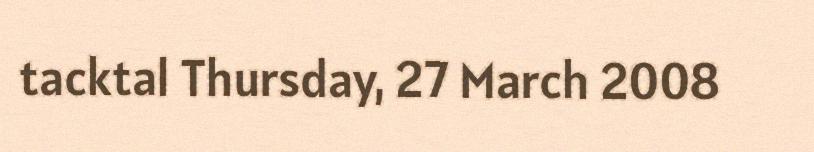
tacktal Thursday, 27 March 2008